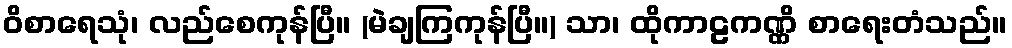
ဝိစာရေသုံ၊ လည်စေကုန်ပြီ။ (မဲချကြကုန်ပြီ။) သာ၊ ထိုကာဠကဏ္ဏိ စာရေးတံသည်။